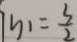
y _ { 1 } = \frac { 3 } { 2 }